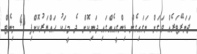
ޖަނަރޭޓަރެއް ވަގަށް ނަގައިގެން ޑިންގީއެއްގައި ދަނިކޮށް ދެ މީހަކު ހައްޔަރުކޮށްފި 43 މިނެޓް